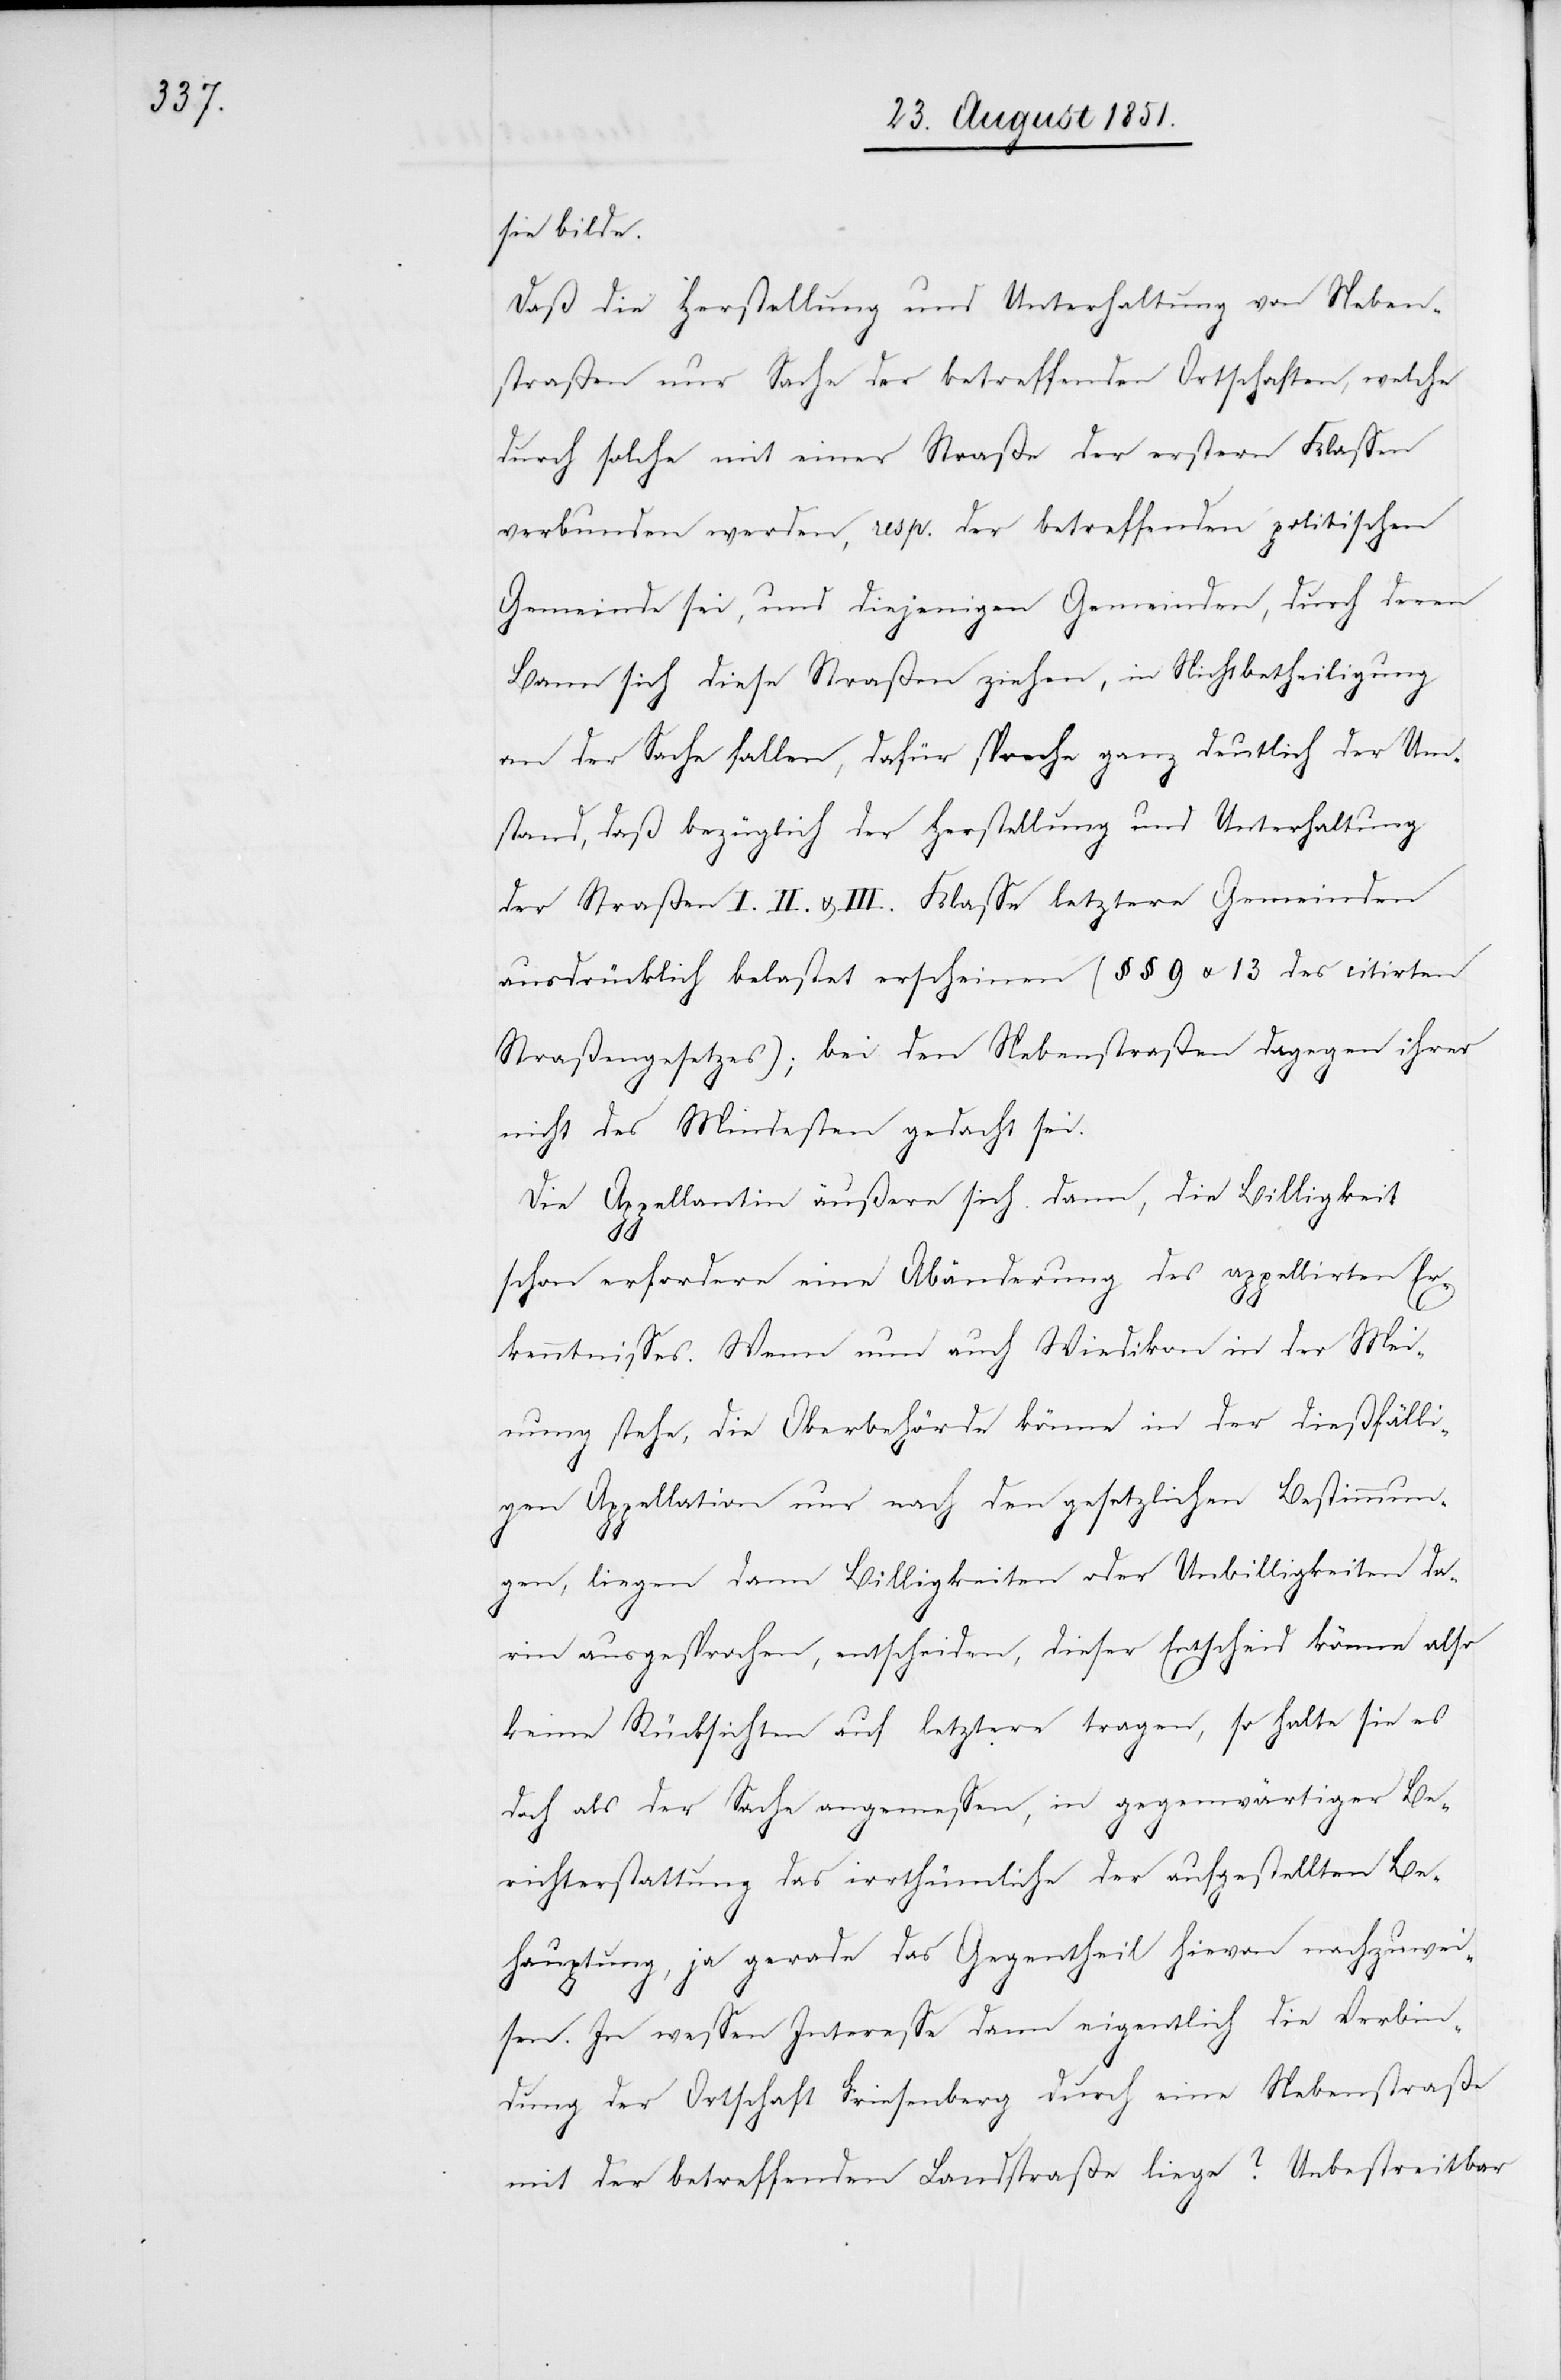
sie bilde.
Daß die Herstellung und Unterhaltung von Neben¬
straßen nur Sache der betreffenden Ortschaften, welche
durch solche mit einer Straße der erstern Klassen
verbunden werden, resp. der betreffenden politischen
Gemeinde sei, und diejenigen Gemeinden, durch deren
Bann sich diese Straßen ziehen, in Nichtbetheiligung
an der Sache fallen, dafür spreche ganz deutlich der Um¬
stand, daß bezüglich der Herstellung und Unterhaltung
der Straßen I.[,] II. u. III. Klasse letztere Gemeinden
ausdrücklich belastet erscheinen (§§ 9 u. 13 des citirten
Straßengesetzes); bei den Nebenstraßen dagegen ihrer
nicht des Mindesten gedacht sei.
Die Appellantin äußere sich dann, die Billigkeit
schon erfordere eine Abänderung des appellirten Er¬
kenntnisses. Wenn nun auch Wiedikon in der Mei¬
nung stehe, die Oberbehörde könne in der dießfälli¬
gen Appellation nur nach den gesetzlichen Bestimmun¬
gen, liegen dann Billigkeiten oder Unbilligkeiten da¬
rin ausgesprochen, entscheiden, dieser Entscheid könne also
keine Rücksichten auf letztere tragen, so halte sie es
doch als der Sache angemessen, in gegenwärtiger Be¬
richterstattung das irrthümliche der aufgestellten Be¬
hauptung, ja gerade das Gegentheil hievon nachzuwei¬
sen. In wessen Interesse dann eigentlich die Verbin¬
dung der Ortschaft Friesenberg durch eine Nebenstraße
mit der betreffenden Landstraße liege? Unbestreitbar